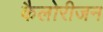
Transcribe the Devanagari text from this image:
कैलोरीजन